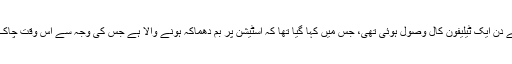
ریلوے پروٹیکشن کورس کے کنٹرول روم کو 10:45 بجے دن ایک ٹیلیفون کال وصول ہوئی تھی، جس میں کہا گیا تھا کہ اسٹیشن پر بم دھماکہ ہونے والا ہے جس کی وجہ سے اس وقت چاک او بلاک میں جو افراد موجود تھے ان کا تخلیہ کروادیا گیا۔